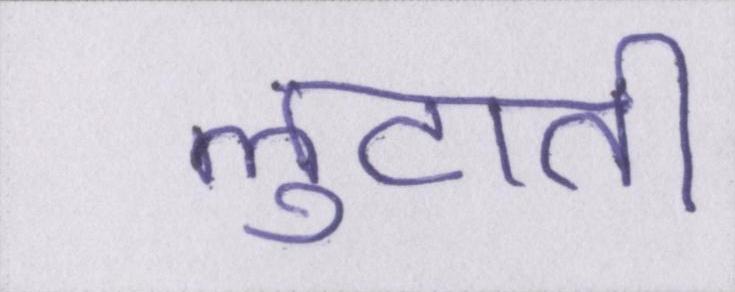
लुटाती